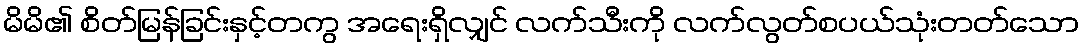
မိမိ၏ စိတ်မြန်ခြင်းနှင့်တကွ အရေးရှိလျှင် လက်သီးကို လက်လွတ်စပယ်သုံးတတ်သော